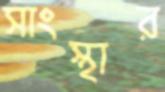
সাংস্থার